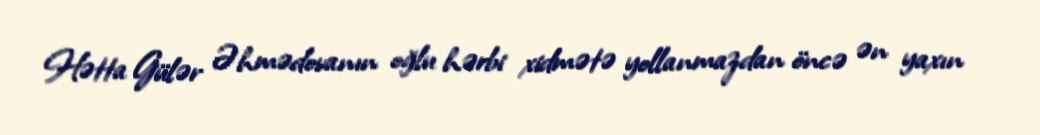
Hətta Gülər Əhmədovanın oğlu hərbi xidmətə yollanmazdan öncə ən yaxın